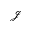
{ \mathcal J }